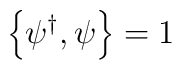
\left\{ \psi^{\dagger}, \psi \right\} = 1